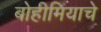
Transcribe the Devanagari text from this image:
बोहीमियाचे